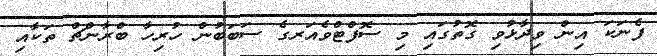
ފެނަކަ އިން ވިދާޅުވި ގޮތުގައި މި ސޮފްޓްވެއަރގެ ސަބަބުން ހުރިހާ ބްރާންޗް ތަކާއި